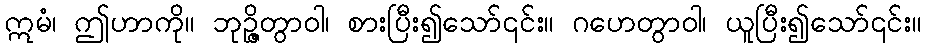
ဣမံ၊ ဤဟာကို။ ဘုဉ္ဇိတွာဝါ၊ စားပြီး၍သော်၎င်း။ ဂဟေတွာဝါ၊ ယူပြီး၍သော်၎င်း။